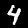
Label: 4